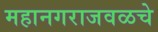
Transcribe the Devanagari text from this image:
महानगराजवळचे